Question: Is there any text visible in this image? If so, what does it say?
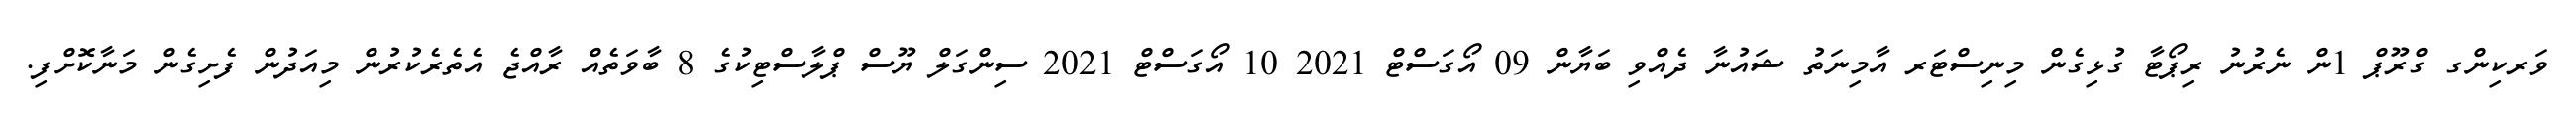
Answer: ވަރކިންގ ގްރޫޕް 1ން ނެރުނު ރިޕޯޓާ ގުޅިގެން މިނިސްޓަރ އާމިނަތު ޝައުނާ ދެއްވި ބަޔާން 09 އޯގަސްޓް 2021 10 އޯގަސްޓް 2021 ސިންގަލް ޔޫސް ޕްލާސްޓިކުގެ 8 ބާވަތެއް ރާއްޖެ އެތެރެކުރުން މިއަދުން ފެށިގެން މަނާކޮށްފި.